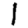
Digit: 1